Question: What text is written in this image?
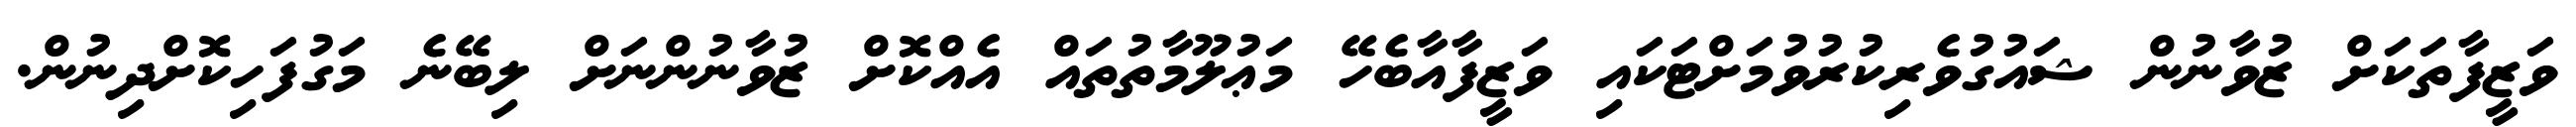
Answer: ވަޒީފާތަކަށް ޒުވާނުން ޝައުގުވެރިކުރުވުމަށްޓަކައި ވަޒީފާއާބެހޭ މަޢުލޫމާތުތައް އެއްކޮށް ޒުވާނުންނަށް ލިބޭނެ މަގުފަހިކޮށްދިނުން.